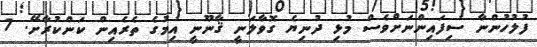
ފުލުހުންނާ ސިފައިންނަށްވެސް މުޅި ދުނިޔެ ގޮވާލަނީ ޤާނޫނީ އިމުގެ ތެރެއިން ކަންކުރާށޭ. 7